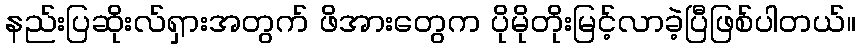
နည်းပြဆိုးလ်ရှားအတွက် ဖိအားတွေက ပိုမိုတိုးမြင့်လာခဲ့ပြီဖြစ်ပါတယ်။